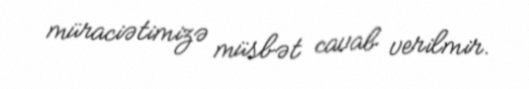
müraciətimizə müsbət cavab verilmir.